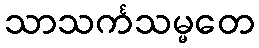
သာသင်္ကသမ္မတေ